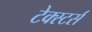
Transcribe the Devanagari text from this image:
टेक्स्टर्स